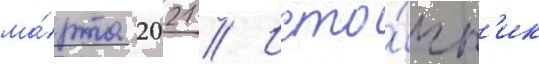
ма́рта 2021 // Исто́чн'ик